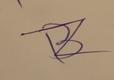
Signature authenticity: forged